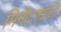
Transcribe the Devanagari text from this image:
मिनीटांसाठी